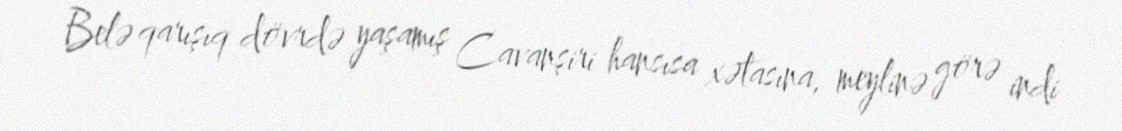
Belə qarışıq dövrdə yaşamış Cavanşiri hansısa xətasına, meylinə görə indi